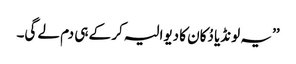
’’ یہ لونڈیا دُکان کا دیوالیہ کر کے ہی دم لے گی۔